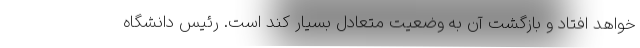
خواهد افتاد و بازگشت آن به وضعیت متعادل بسیار کند است. رئیس دانشگاه